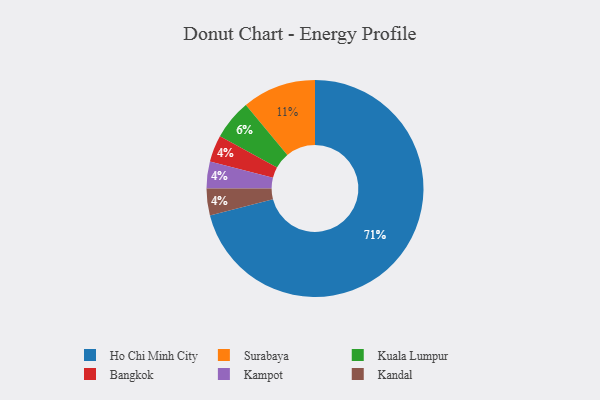
{"axis": {"x": "Category", "y": "Percentage"}, "legend": ["Bangkok", "Ho Chi Minh City", "Kampot", "Kandal", "Kuala Lumpur", "Surabaya"], "data": [{"x": "Bangkok", "y": 4, "type": "Bangkok"}, {"x": "Ho Chi Minh City", "y": 71, "type": "Ho Chi Minh City"}, {"x": "Kampot", "y": 4, "type": "Kampot"}, {"x": "Kandal", "y": 4, "type": "Kandal"}, {"x": "Surabaya", "y": 11, "type": "Surabaya"}, {"x": "Kuala Lumpur", "y": 6, "type": "Kuala Lumpur"}]}